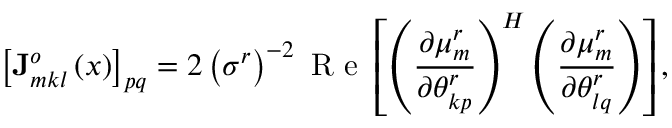
\left[ \mathbf { J } _ { m k l } ^ { o } \left( \boldsymbol { x } \right) \right] _ { p q } = 2 \left( \sigma ^ { r } \right) ^ { - 2 } \textrm { R e } \left[ \left( \frac { \partial \boldsymbol { \mu } _ { m } ^ { r } } { \partial \theta _ { k p } ^ { r } } \right) ^ { H } \left( \frac { \partial \boldsymbol { \mu } _ { m } ^ { r } } { \partial \theta _ { l q } ^ { r } } \right) \right] ,